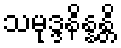
သမုဒ္ဒနိန္နန္တိ